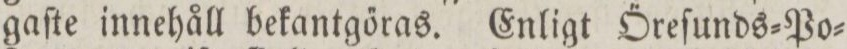
gaſte innehåll bekantgőras. Enligt Őreſunds=Po=